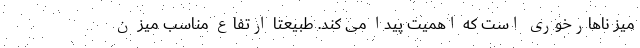
میز ناهارخوری است که اهمیت پیدا می کند. طبیعتا ارتفاع مناسب میز ن